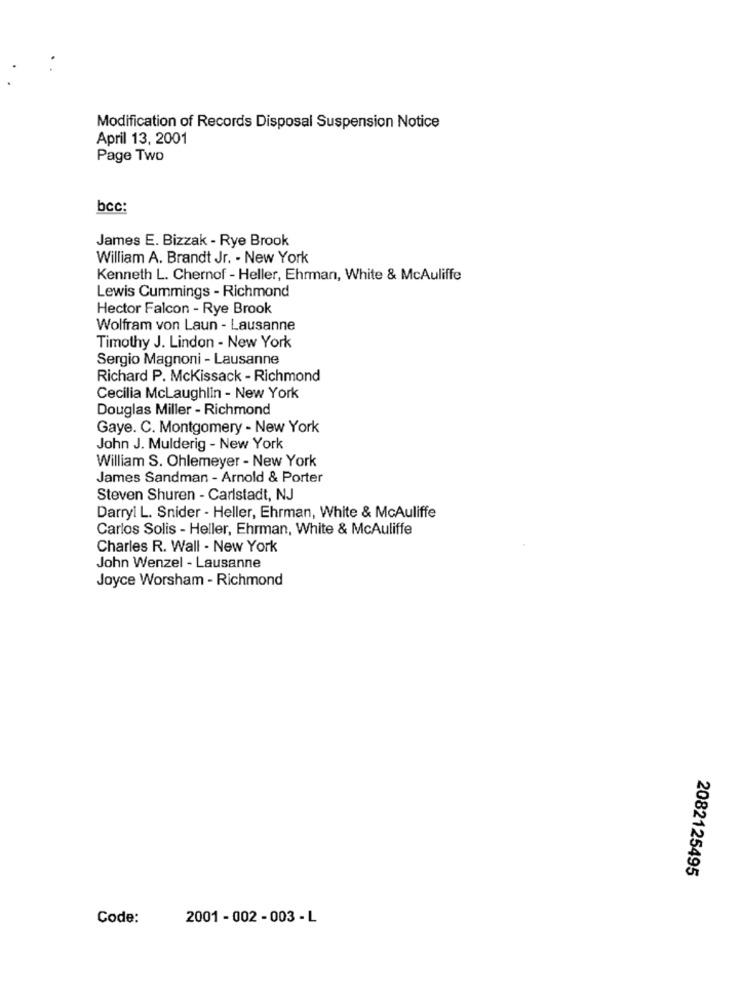
Modification of Records Disposal Suspension Notice
April 13, 2001
Page Two
bcc:
James E. Bizzak - Rye Brook
William A. Brandt Jr. - New York
Kenneth L. Chernof - Heller, Ehrman, White & McAuliffe
Lewis Cummings - Richmond
Hector Falcon - Rye Brook
Wolfram von Laun - Lausanne
Timothy J. Lindon - New York
Sergio Magnoni - Lausanne
Richard P. McKissack - Richmond
Cecilia Mclaughlin - New York
Douglas Miller - Richmond
Gaye. C. Montgomery - New York
John J. Mulderig - New York
William S. Ohlemeyer - New York
James Sandman - Arnold & Porter
Steven Shuren - Carlstadt, NJ
Darryl L. Snider - Heller, Ehrman, White & McAuliffe
Carlos Solis - Heller, Ehrman, White & McAuliffe
Charles R. Wall - New York
John Wenzel - Lausanne
Joyce Worsham - Richmond
2082125495
Code:
2001 - 002 - 003 - L